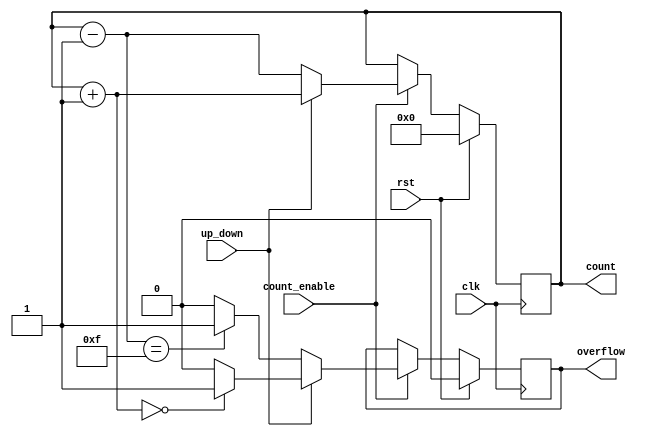
module cascaded_counter #(
    parameter WIDTH = 4  // Width of the counter (number of bits)
)(
    input wire clk,       // Clock signal
    input wire rst,       // Synchronous reset
    input wire count_enable, // Count enable signal
    input wire up_down,   // Up/Down control (1 for up, 0 for down)
    output reg [WIDTH-1:0] count, // Current count value
    output reg overflow    // Overflow flag
);

    // Internal signal to hold the next count value
    reg [WIDTH-1:0] next_count;

    // Always block for synchronous reset and counting logic
    always @(posedge clk) begin
        if (rst) begin
            // Synchronous reset
            count <= 0;
            overflow <= 0;
        end else if (count_enable) begin
            // Calculate next count based on up_down signal
            if (up_down) begin
                // Counting up
                next_count = count + 1;
                // Check for overflow
                if (next_count == 0) begin
                    overflow <= 1; // Overflow occurred
                end else begin
                    overflow <= 0;
                end
            end else begin
                // Counting down
                next_count = count - 1;
                // Check for underflow
                if (next_count == {WIDTH{1'b1}}) begin
                    overflow <= 1; // Underflow occurred
                end else begin
                    overflow <= 0;
                end
            end
            // Update count
            count <= next_count;
        end
    end

endmodule